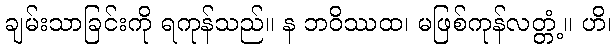
ချမ်းသာခြင်းကို ရကုန်သည်။ န ဘဝိဿထ၊ မဖြစ်ကုန်လတ္တံ့။ ဟိ၊